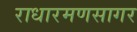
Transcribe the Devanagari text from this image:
राधारमणसागर